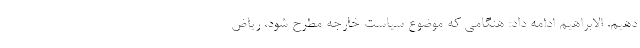
دهیم. الابراهیم ادامه داد: هنگامی که موضوع سیاست خارجه مطرح شود، ریاض